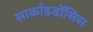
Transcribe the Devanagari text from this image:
सार्काइडॉसिस